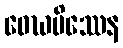
ဝေဃမိဿေန